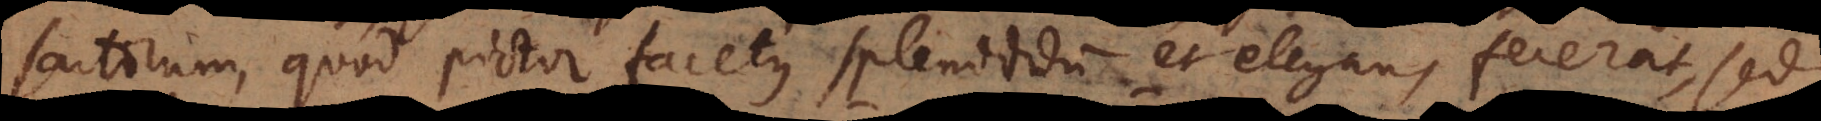
sartorum, quod pictor facetus splendidum et elegans fecerat, sed